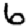
Digit: 6